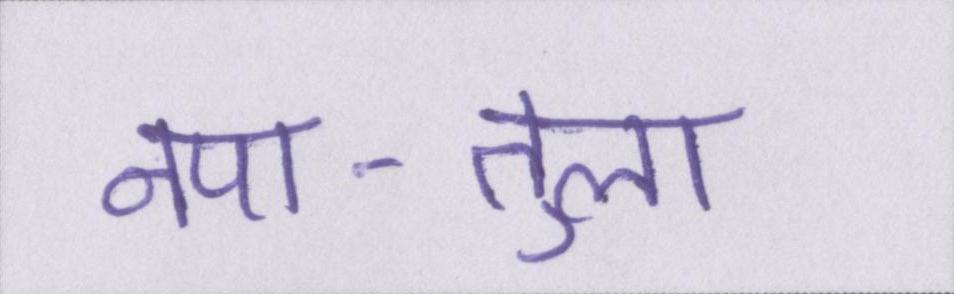
नपा-तुला